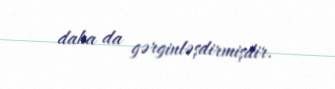
daha da gərginləşdirmişdir.